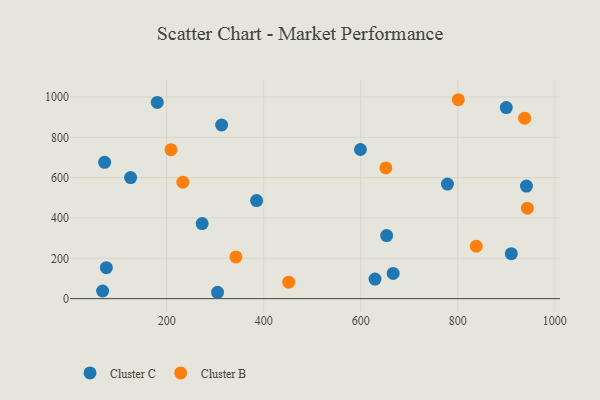
{"axis": {"x": "Engine Size", "y": "Demand"}, "legend": ["Cluster B", "Cluster C"], "data": [{"x": "941.5", "y": 558.4, "type": "Cluster C"}, {"x": "629.4", "y": 97.2, "type": "Cluster C"}, {"x": "72.3", "y": 676.0, "type": "Cluster C"}, {"x": "778.7", "y": 568.3, "type": "Cluster C"}, {"x": "899.9", "y": 947.5, "type": "Cluster C"}, {"x": "313.3", "y": 861.2, "type": "Cluster C"}, {"x": "910.3", "y": 223.2, "type": "Cluster C"}, {"x": "180.7", "y": 973.1, "type": "Cluster C"}, {"x": "304.9", "y": 31.5, "type": "Cluster C"}, {"x": "385.4", "y": 486.6, "type": "Cluster C"}, {"x": "273.2", "y": 372.2, "type": "Cluster C"}, {"x": "125.8", "y": 600.5, "type": "Cluster C"}, {"x": "653.4", "y": 312.8, "type": "Cluster C"}, {"x": "599.4", "y": 739.7, "type": "Cluster C"}, {"x": "68.1", "y": 37.9, "type": "Cluster C"}, {"x": "75.8", "y": 153.4, "type": "Cluster C"}, {"x": "666.8", "y": 125.1, "type": "Cluster C"}, {"x": "943.4", "y": 448.8, "type": "Cluster B"}, {"x": "937.7", "y": 894.9, "type": "Cluster B"}, {"x": "451.6", "y": 81.6, "type": "Cluster B"}, {"x": "838.0", "y": 259.9, "type": "Cluster B"}, {"x": "801.1", "y": 986.6, "type": "Cluster B"}, {"x": "209.0", "y": 739.0, "type": "Cluster B"}, {"x": "233.4", "y": 577.6, "type": "Cluster B"}, {"x": "342.8", "y": 206.9, "type": "Cluster B"}, {"x": "651.7", "y": 648.3, "type": "Cluster B"}]}